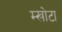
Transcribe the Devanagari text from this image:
म्खोटा